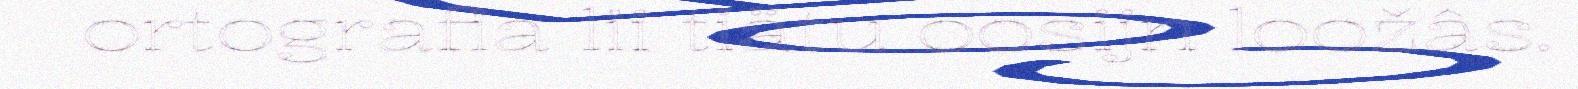
ortografia lii tiätu oosijn loožâs.